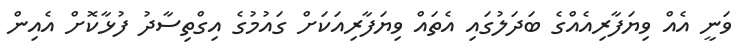
ވަނީ އެއް ވިޔަފާރިއެއްގެ ބަދަލުގައި އެތައް ވިޔަފާރިއަކަށް ގައުމުގެ އިގްތިސާދު ފުޅާކޮށް އެއިން